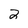
Character: 2